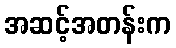
အဆင့်အတန်းက